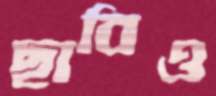
ছাবিও